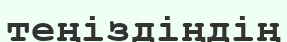
теңіздіңдің